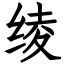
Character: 绫